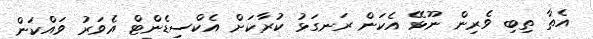
އެތާ ތިބި ވެރިން ނޫޅޭ އެކަން ރަނގަޅު ކުރާކަށް އެކްސިޑެންޓް އެވަރު ވައްކަން